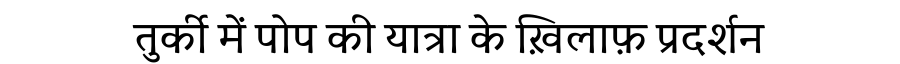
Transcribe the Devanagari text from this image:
तुर्की में पोप की यात्रा के ख़िलाफ़ प्रदर्शन